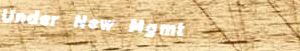
Under New Mgmt